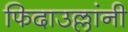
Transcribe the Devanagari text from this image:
फिदाउल्लांनी